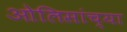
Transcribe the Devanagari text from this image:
ओलिसांच्या